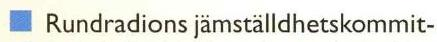
Rundradions jämställdhetskommit-